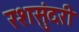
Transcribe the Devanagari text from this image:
रशसुंदरी